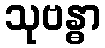
သုဗန္ဓာ